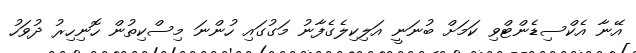
އޭނާ އެކްސިޑެންޓްވި ކަމަށް ބުނަނީ އަލިކިލެގެފާނު މަގުގައި ހުންނަ މިސްކިތުން ހޮނިހިރު ދުވަހު